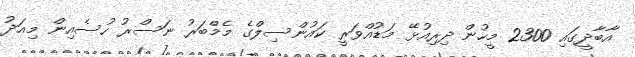
އާބާދީގައި 2300 މީހުން ދިރިއުޅޭ މަޑުއްވަރީ ކައުންސިލްގެ މެމްބަރު ނަސްރު ހުސެއިން މިއަދު